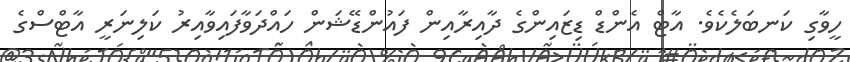
ހީވާގި ކަނބަލެކެވެ. އާޓް އެންޑް ޑިޒައިންގެ ދާއިރާއިން ފައުންޑޭޝަން ހައްދަވާފައިވާއިރު ކަލިނަރީ އާޓްސްގެ